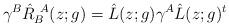
LaTeX: \begin{align*}\gamma^{B}\hat{R}^{~A}_{B}(z;g)=\hat{L}(z;g)\gamma^{A}\hat{L}(z;g)^{t}\end{align*}